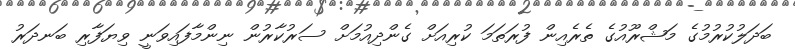
ބަދަލުކުރުމުގެ މަޝްރޫއުގެ ތެރެއިން ފުރަތަމަ ކުރިއަށް ގެންދިއުމަށް ސަރުކާރުން ނިންމާފައިވަނީ ވިޔަފާރި ބަނދަރު